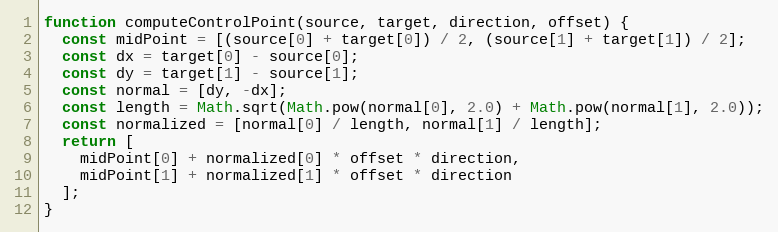
Language: JavaScript
function computeControlPoint(source, target, direction, offset) {
  const midPoint = [(source[0] + target[0]) / 2, (source[1] + target[1]) / 2];
  const dx = target[0] - source[0];
  const dy = target[1] - source[1];
  const normal = [dy, -dx];
  const length = Math.sqrt(Math.pow(normal[0], 2.0) + Math.pow(normal[1], 2.0));
  const normalized = [normal[0] / length, normal[1] / length];
  return [
    midPoint[0] + normalized[0] * offset * direction,
    midPoint[1] + normalized[1] * offset * direction
  ];
}